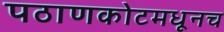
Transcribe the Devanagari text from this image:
पठाणकोटमधूनच